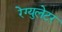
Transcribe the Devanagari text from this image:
रेग्‍युलेटर